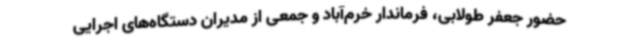
حضور جعفر طولابی، فرماندار خرم‌آباد و جمعی از مدیران دستگاه‌های اجرایی